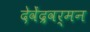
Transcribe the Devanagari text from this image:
देवेंद्रवर्मन